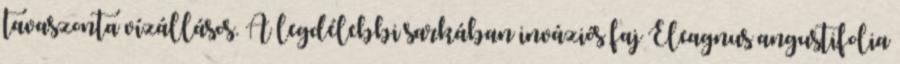
tavaszonta vízállásos. A legdélebbi sarkában inváziós faj Eleagnus angustifolia